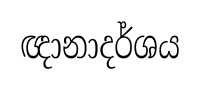
ඥානාදර්ශය